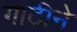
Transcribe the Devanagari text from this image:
गाठीने